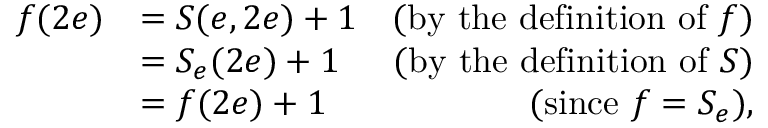
\begin{array} { r l r } { f ( 2 e ) } & { = S ( e , 2 e ) + 1 } & { \mathrm { ( b y ~ t h e ~ d e f i n i t i o n ~ o f ~ } f \mathrm { ) } } \\ & { = S _ { e } ( 2 e ) + 1 } & { \mathrm { ( b y ~ t h e ~ d e f i n i t i o n ~ o f ~ } S \mathrm { ) } } \\ & { = f ( 2 e ) + 1 } & { \mathrm { ( s i n c e ~ } f = S _ { e } \mathrm { ) , } } \end{array}